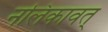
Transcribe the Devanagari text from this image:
नलिकावत्‌